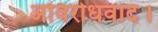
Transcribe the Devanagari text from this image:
अविरोधवाद।